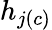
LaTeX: h_{j(c)}